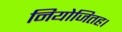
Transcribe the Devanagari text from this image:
नियोजितह।